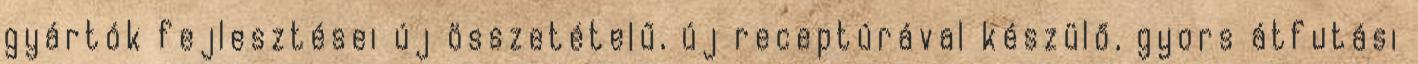
gyártók fejlesztései új összetételű, új receptúrával készülő, gyors átfutási